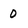
Character: 0